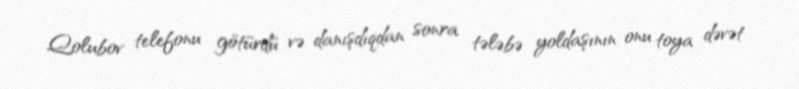
Qolubov telefonu götürdü və danışdıqdan sonra tələbə yoldaşının onu toya dəvət